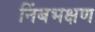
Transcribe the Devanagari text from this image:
निंबभक्षण